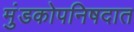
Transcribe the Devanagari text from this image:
मुंडकोपनिषदात